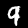
Digit: 9